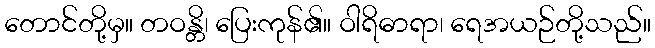
တောင်တို့မှ။ တဝန္တိ၊ ပြေးကုန်၏။ ဝါရိဓာရာ၊ ရေအယဉ်တို့သည်။